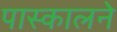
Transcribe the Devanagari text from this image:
पास्कालने